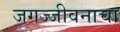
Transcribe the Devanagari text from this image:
जगज्जीवनाचा